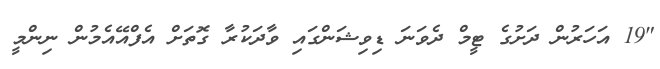
"19 އަހަރުން ދަށުގެ ޓީމް ދެވަނަ ޑިވިޝަންގައި ވާދަކުރާ ގޮތަށް އެފްއޭއެމުން ނިންމީ